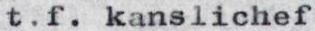
t.f. kanslichef